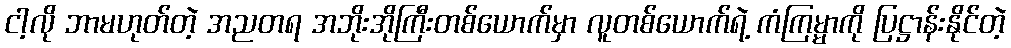
ငါ့လို ဘာမဟုတ်တဲ့ အညတရ အဘိုးအိုကြီးတစ်ယောက်မှာ လူတစ်ယောက်ရဲ့ ကံကြမ္မာကို ပြဋ္ဌာန်းနိုင်တဲ့